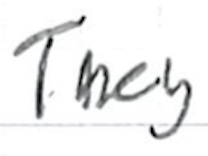
Text: They
Cross-out: clean
Writing tool: ballpoint